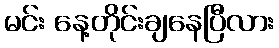
မင်း နေ့တိုင်းချနေပြီလား